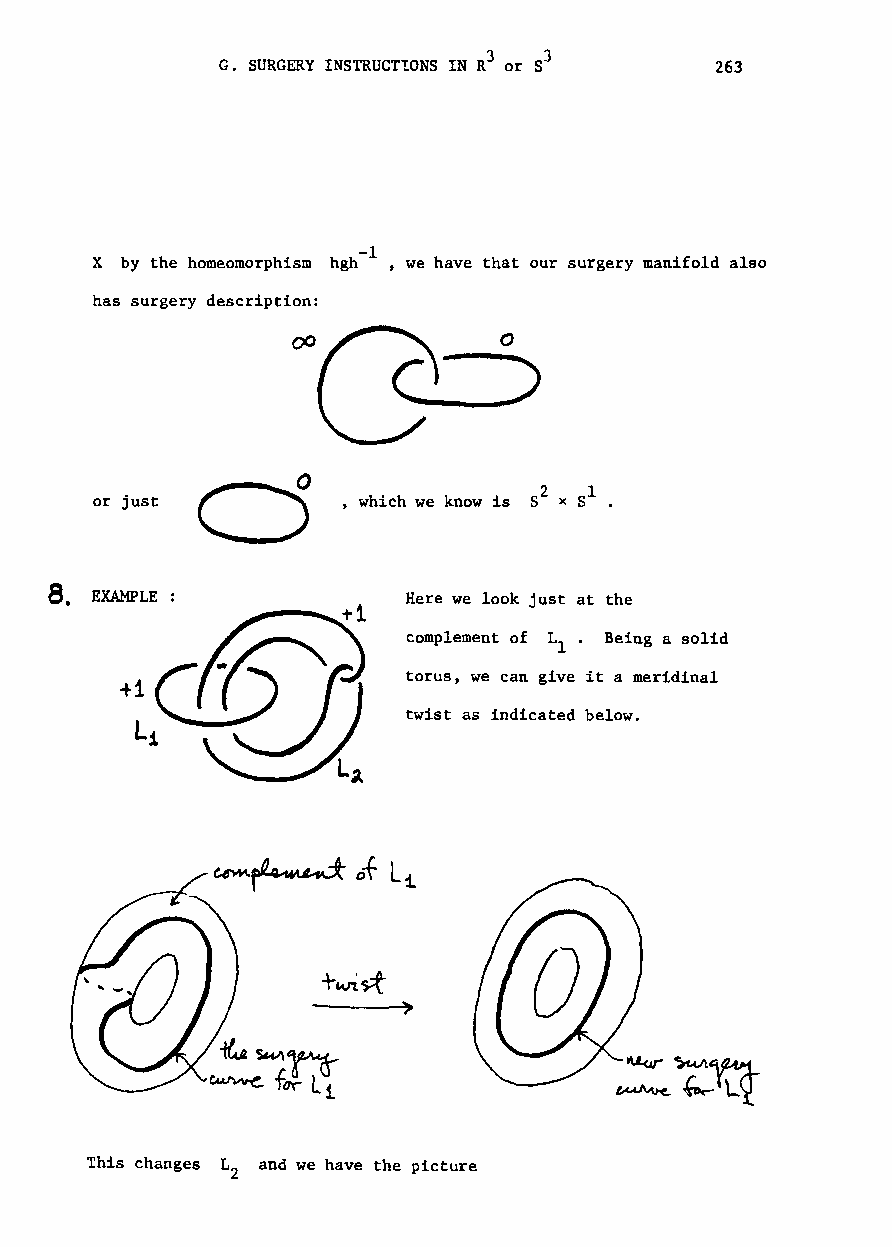
3
 G. SURGERY INSTRUCTIONS IN R or s3 263
 l
 X by the homeomorphism hgh- , we have that our surgery manifold also
 has surgery description:
 2
 or just          , which we know is 8 x 51 •
 at
 EXAMPLE:             Here we look just at the
 complement of L . Being a solid
 l
 torus, we can give it a meridinal
 twist as indicated below.
 This changes L and we have the picture
 2